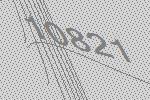
10821